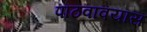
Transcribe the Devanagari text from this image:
पाठवावयास